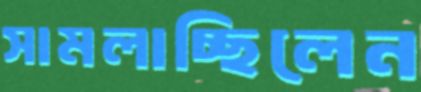
সামলাচ্ছিলেন